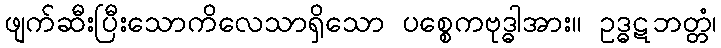
ဖျက်ဆီးပြီးသောကိလေသာရှိသော ပစ္စေကဗုဒ္ဓါအား။ ဥဒ္ဓဋဘတ္တံ၊